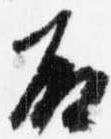
殿